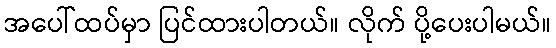
အပေါ်ထပ်မှာ ပြင်ထားပါတယ်။ လိုက် ပို့ပေးပါမယ်။